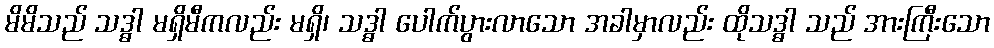
မိမိသည် သဒ္ဓါ မရှိမီကလည်း မရှိ၊ သဒ္ဓါ ပေါက်ပွားလာသော အခါမှာလည်း ထိုသဒ္ဓါ သည် အားကြီးသော